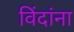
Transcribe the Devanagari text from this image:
विंदांना